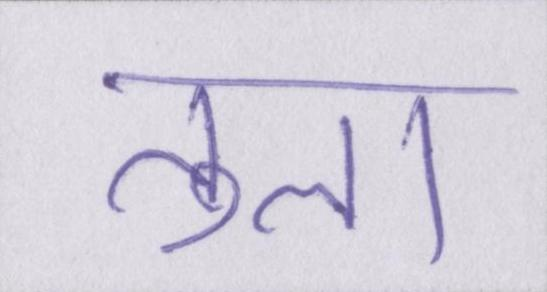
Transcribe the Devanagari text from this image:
तुला